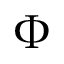
\Phi